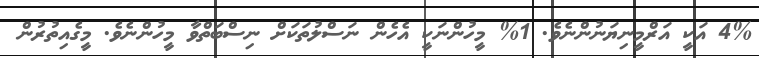
4% އަކީ އަރްމީނިޔަނުންނެވެ. 1% މީހުންނަކީ އެހެން ނަސްލުތަކަށް ނިސްބަތްވާ މީހުންނެވެ. މީގެއިތުރުން